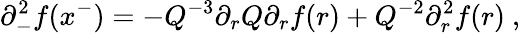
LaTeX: \partial_{-}^{2}f(x^{-})=-Q^{-3}\partial_{r}Q\partial_{r}f(r)+Q^{-2}\partial_{r}^{2}f(r)~,